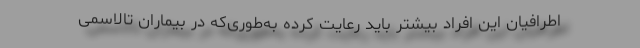
اطرافیان این افراد بیشتر باید رعایت کرده به‌طوری‌که در بیماران تالاسمی